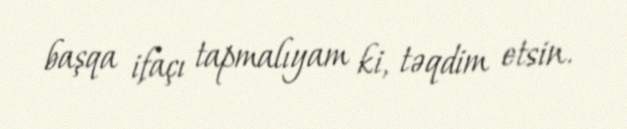
başqa ifaçı tapmalıyam ki, təqdim etsin.